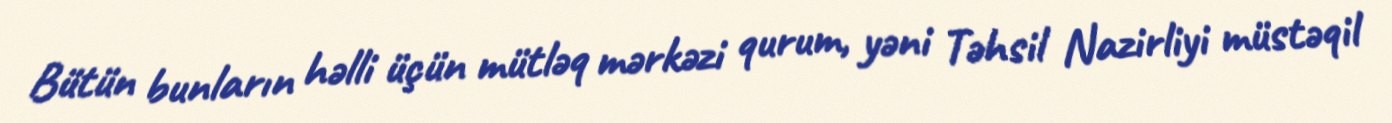
Bütün bunların həlli üçün mütləq mərkəzi qurum, yəni Təhsil Nazirliyi müstəqil